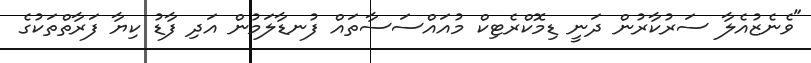
"ވެނެޒުއެލާ ސަރުކާރުން ދަނީ ޑިމޮކްރެޓިކް މުއައްސަސާތައް ފުނޑާލަމުން އަދި ފާޑު ކިޔާ ފަރާތްތަކުގެ